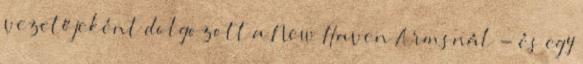
vezetőjeként dolgozott a New Haven Armsnál - és egy